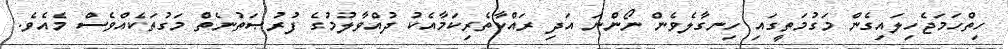
ހިތްހަމަޖެހިލައިގެން މަގުމަތީގައި ހިނގާލެވެން ނޯންނަ އަދި ރައްކާތެރިކަމާއެކު ދުއްވާލުމުގެ ފުރުޞަތުނެތް މަގުތަކެއްވެސް މެއެވެ.